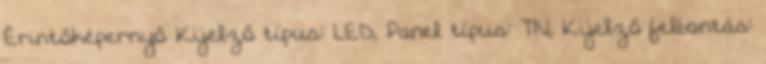
Érintőképernyő Kijelző típus: LED, Panel típus: TN, Kijelző felbontás: